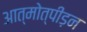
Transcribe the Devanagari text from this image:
आत्मोत्पीड़न